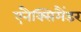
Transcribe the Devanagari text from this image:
एनैक्सिमैंडर